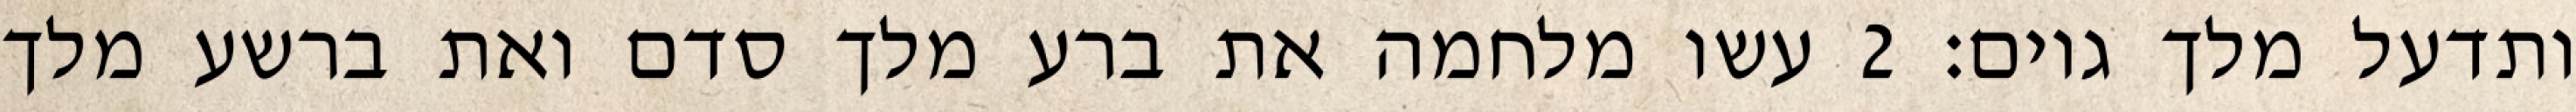
ותדעל מלך גוים׃ ‎2‏ עשו מלחמה את ברע מלך סדם ואת ברשע מלך